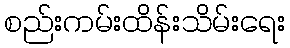
စည်းကမ်းထိန်းသိမ်းရေး